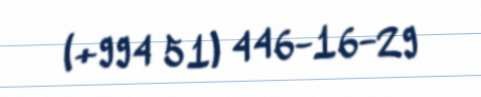
(+994 51) 446-16-29